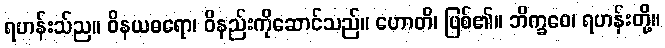
ရဟန်းသ်ည။ ဝိနယဓရော၊ ဝိနည်းကိုဆောင်သည်။ ဟောတိ၊ ဖြစ်၏။ ဘိက္ခဝေ၊ ရဟန်းတို့။